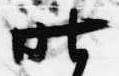
昨